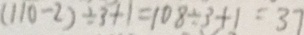
( 1 1 0 - 2 ) \div 3 + 1 = 1 0 8 \div 3 + 1 = 3 7